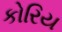
કોરિય